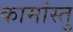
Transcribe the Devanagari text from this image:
कामांस्तु